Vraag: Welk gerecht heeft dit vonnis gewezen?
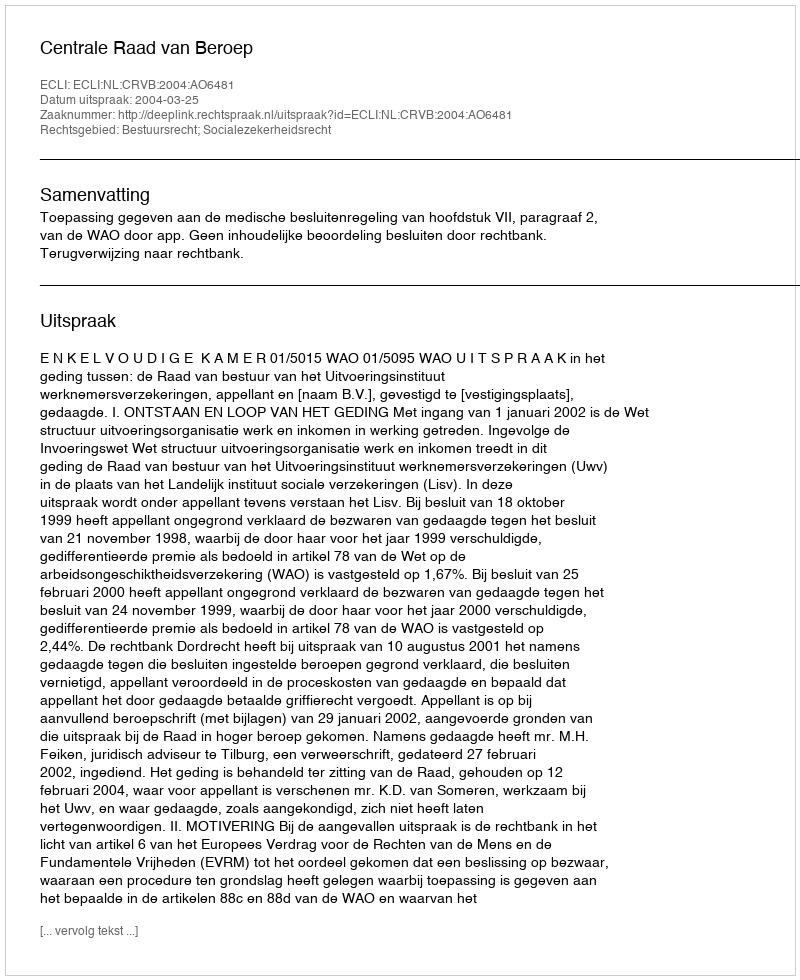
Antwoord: Centrale Raad van Beroep